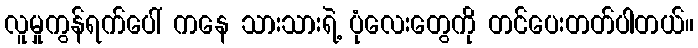
လူမှုကွန်ရက်ပေါ် ကနေ သားသားရဲ့ ပုံလေးတွေကို တင်ပေးတတ်ပါတယ်။